341_110448_Records_Relating_to_the_Collection_and_Dissemination_of_Intelligence_1948-1955-TS_CONT_No.2_2-5300-2-5399
Agency: Department of War
Incident date: 11/8/48
Incident location: Netherlands
Page 5
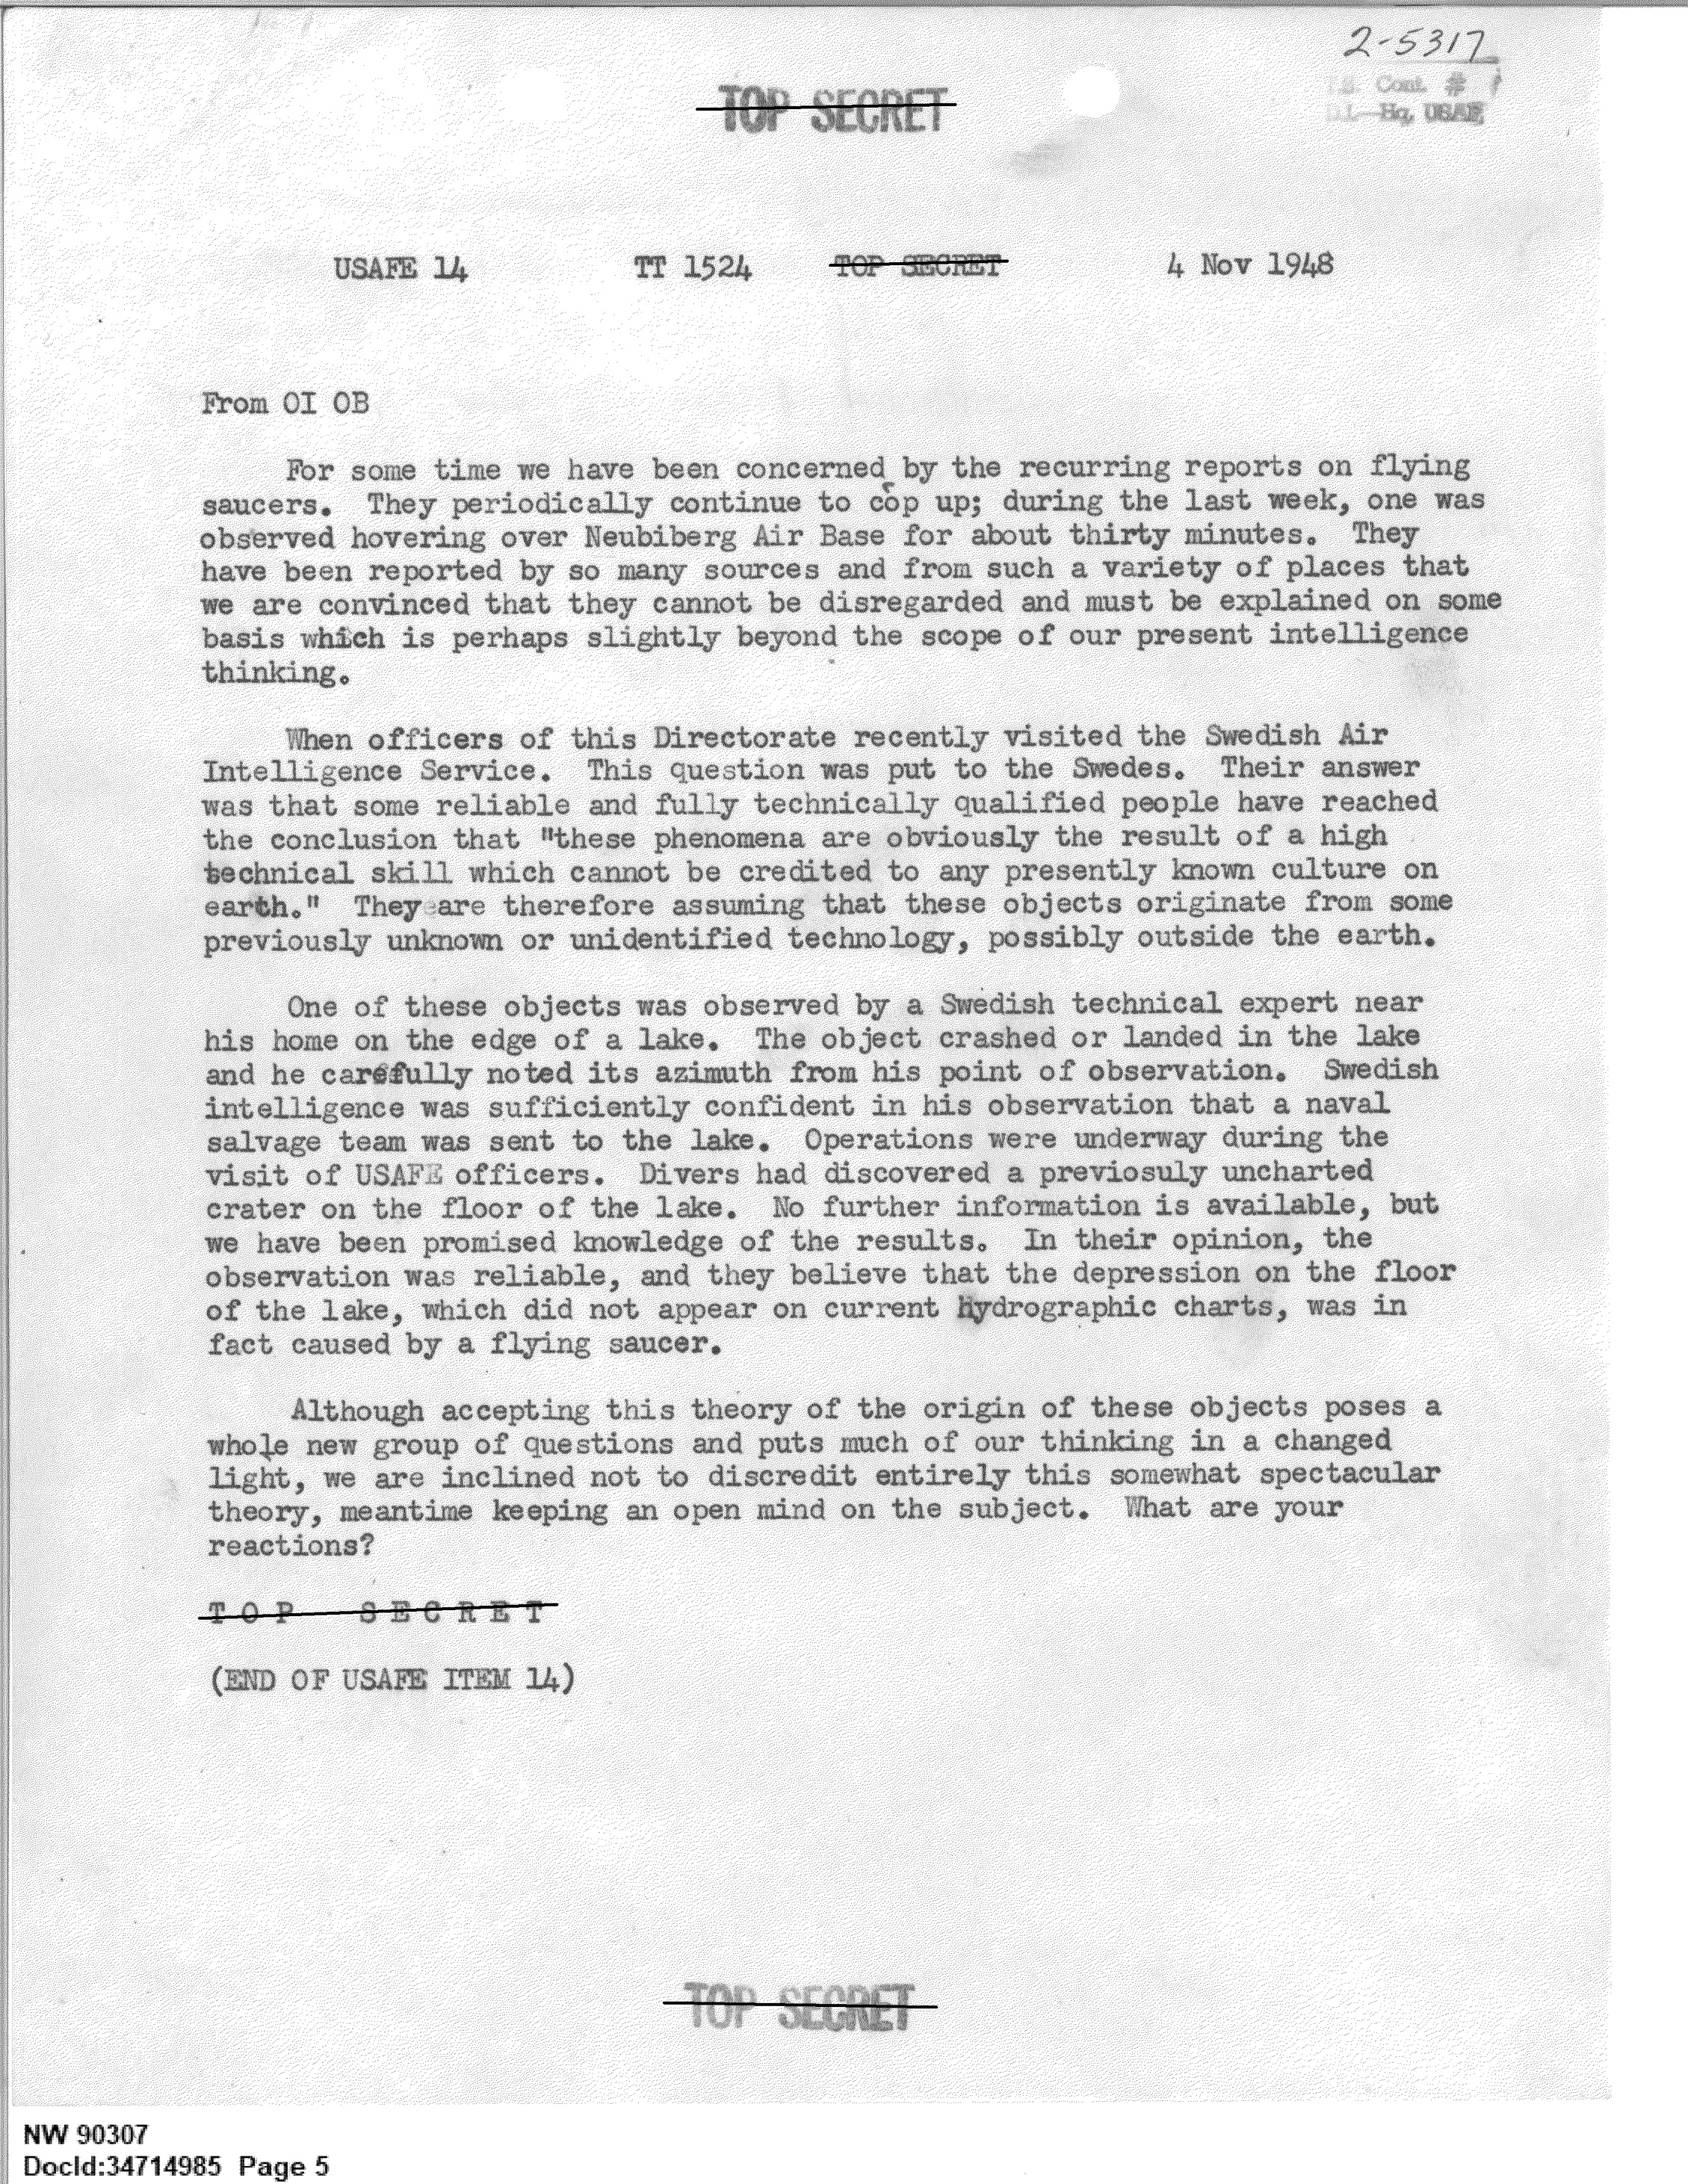